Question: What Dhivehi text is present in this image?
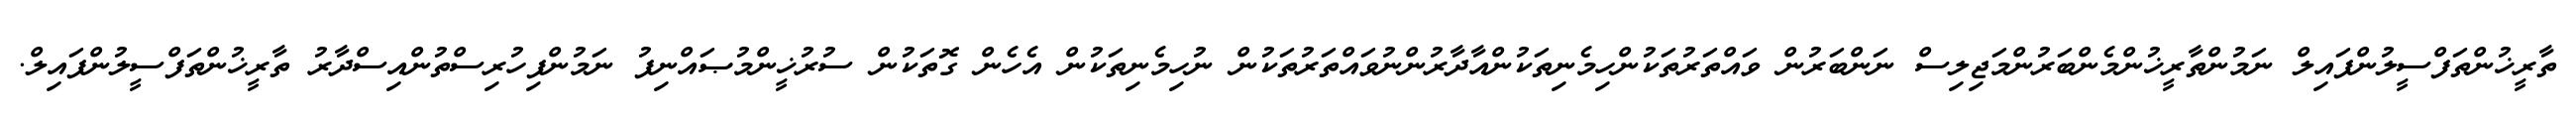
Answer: ތާރީޚުންތަފްސީލުންފައިލް ނަމުންތާރީޚުންމެންބަރުންމަޖިލިސް ނަންބަރުން ވައްތަރުތަކުންހިމެނިތަކުންއާދާރުންނުވައްތަރުތަކުން ނުހިމެނިތަކުން އެހެން ގޮތަކުން ސުރުޚީންމުޞައްނިފު ނަމުންފިހުރިސްތުންއިސްދާރު ތާރީޚުންތަފްސީލުންފައިލް.